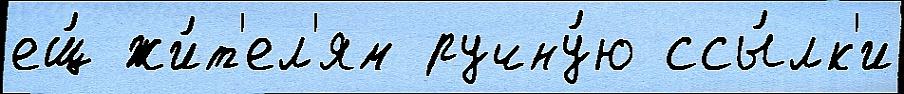
ещ́ жи́т'ел'ям ручну́ю ссы́лк'и